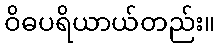
ဝိဓပရိယာယ်တည်း။